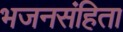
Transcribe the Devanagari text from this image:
भजनसंहिता